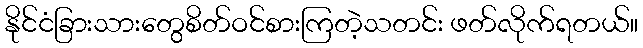
နိုင်ငံခြားသားတွေစိတ်ဝင်စားကြတဲ့သတင်း ဖတ်လိုက်ရတယ်။